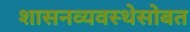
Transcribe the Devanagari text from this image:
शासनव्यवस्थेसोबत